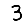
Digit: 3